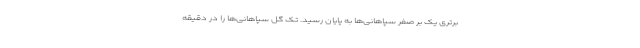
برتری یک بر صفر سپاهانی‌ها به پایان رسید. تک گل سپاهانی‌ها را در دقیقه